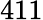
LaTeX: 411